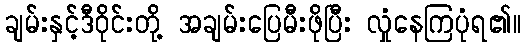
ချမ်းနှင့်ဒီဝိုင်းတို့ အချမ်းပြေမီးဖိုပြီး လှုံနေကြပုံရ၏။